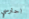
احترسي